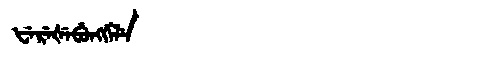
Manchu: ᡶᡝᡵᡝᡧᡝᠪᡠᠩᡤᡝᠯᡝ
Romanization: FEREŠEBUNGGELE